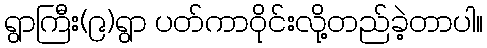
ရွာကြီး(၉)ရွာ ပတ်ကာဝိုင်းလို့တည်ခဲ့တာပါ။